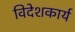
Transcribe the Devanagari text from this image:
विदेशकार्य